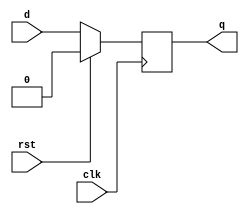
`timescale 1ns / 1ps
//DFF with synchronous reset
module DFF_1(clk,rst,d,q);
    input clk,d,rst;
    output reg q;
    
    always @(posedge clk)
    begin
        if(rst) q<=0;
        else q<=d;
    end
endmodule